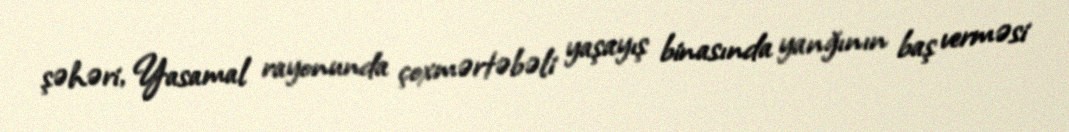
şəhəri, Yasamal rayonunda çoxmərtəbəli yaşayış binasında yanğının baş verməsi